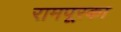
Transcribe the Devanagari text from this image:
रामपूरका